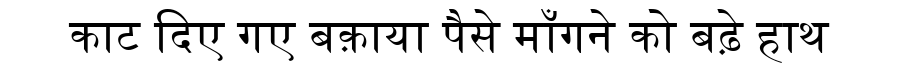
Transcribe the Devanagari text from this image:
काट दिए गए बक़ाया पैसे माँगने को बढ़े हाथ